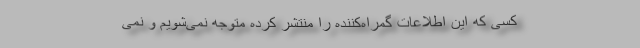
کسی که این اطلاعات گمراه‌کننده را منتشر کرده متوجه نمی‌شویم و نمی